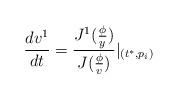
LaTeX: \begin{align*}\frac{dv^1}{dt}=\frac{J^1(\frac \phi y)}{J(\frac \phi v)}|_{(t^{*},p_i)}\end{align*}